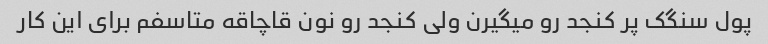
پول سنگک پر کنجد رو میگیرن ولی کنجد رو نون قاچاقه متاسفم برای این کار